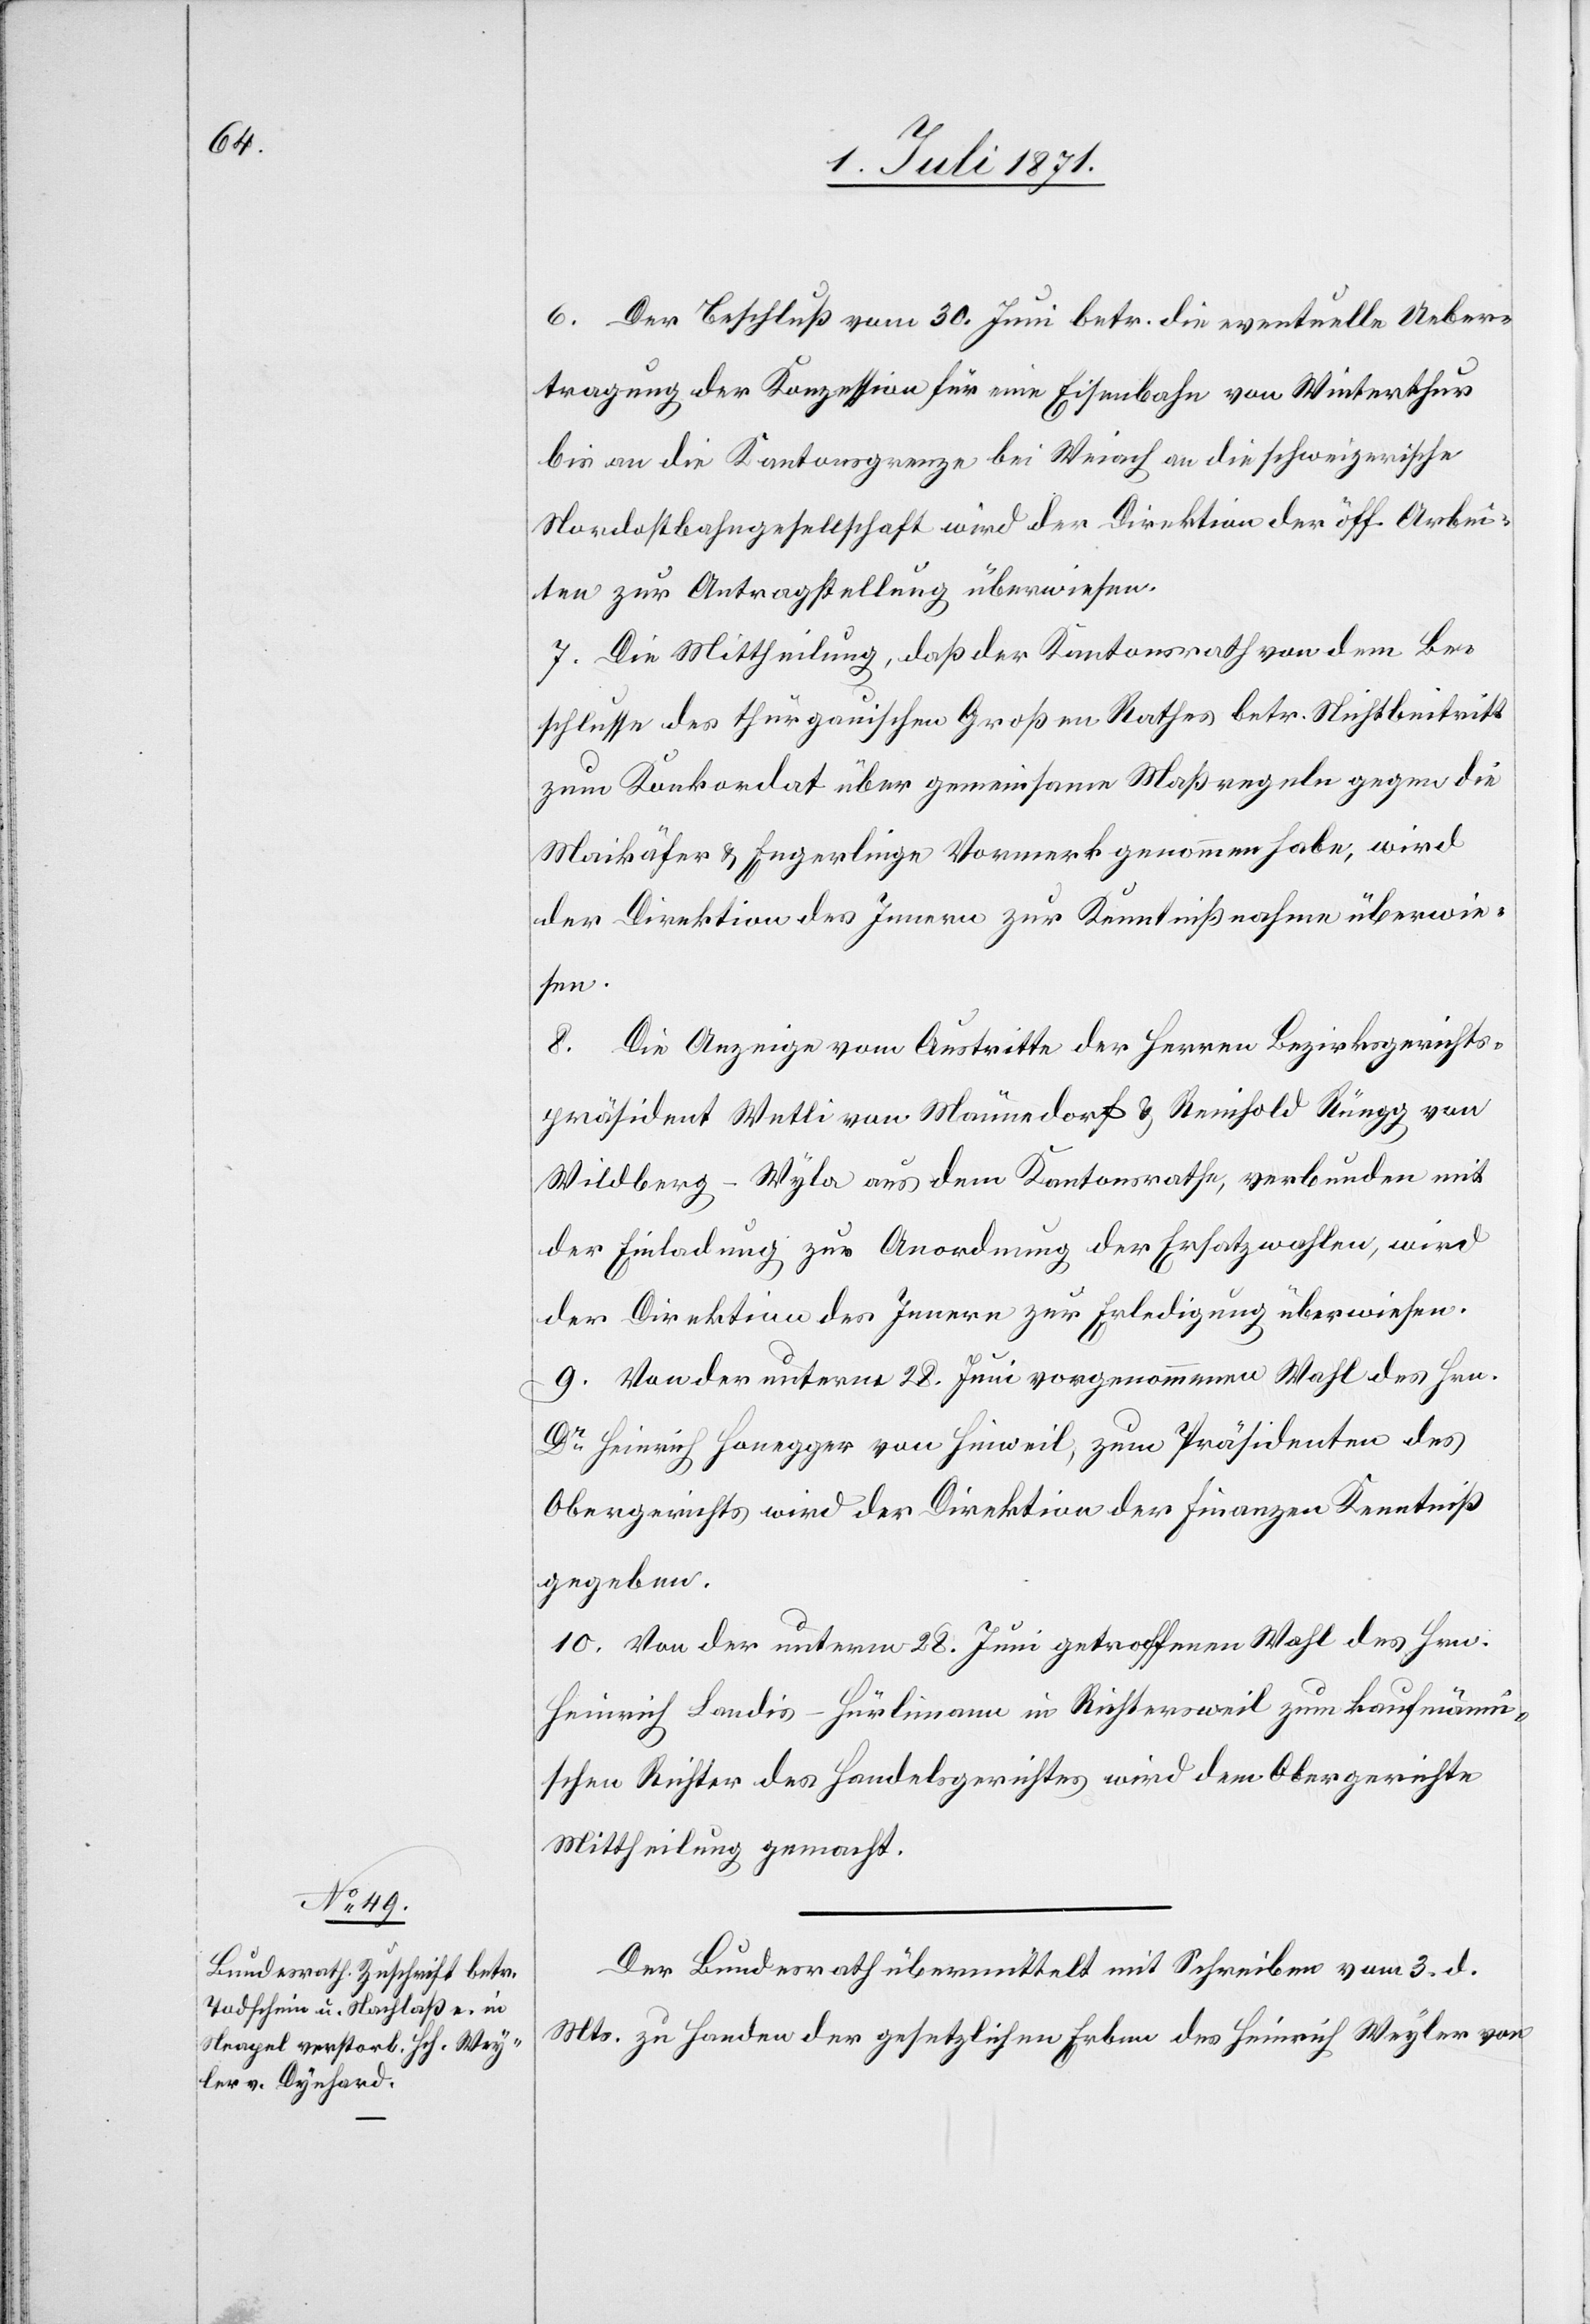
6. Juli 1871.]
6. Der Beschluß vom 30. Juni betr. die eventuelle Ueber¬
tragung der Konzession für eine Eisenbahn von Winterthur
bis an die Kantonsgrenze bei Weiach an die schweizerische
Nordostbahngesellschaft wird der Direktion der öff. Arbei¬
ten zur Antragstellung überwiesen.
7. Die Mittheilung, daß der Kantonsrath von dem Be¬
schlusse des thurgauischen Großen Rathes betr. Nichtbeitritt
zum Konkordat über gemeinsame Maßregeln gegen die
Maikäfer u. Engerlinge Vormerk genommen habe, wird
der Direktion des Innern zur Kenntnißnahme überwie¬
sen.
8. Die Anzeige vom Austritte der Herren Bezirksgerichts¬
präsident Wetli von Männedorf u. Reinhold Rüegg von
Wildberg-Wyla aus dem Kantonsrathe, verbunden mit
der Einladung zu Anordnung der Ersatzwahlen, wird
der Direktion des Innern zur Erledigung überweisen.
9. Von der unterm 28. Juni vorgenommenen Wahl des Hrn.
Dr. Heinrich Honegger von Hinweil, zum Präsidenten des
Obergerichts wird der Direktion der Finanzen Kenntniß
gegeben.
10. Von der unterm 28. Juni getroffenen Wahl des Hrn.
Heinrich Landis-Hürlimann in Richtersweil zum kaufmänn¬
ischen Richter des Handelsgerichts wird dem Obergerichte
Mittheilung gemacht.
Der Bundesrath übermittelt mit Schreiben vom 3. d.
Mts. zu Handen der gesetzlichen Erben des Heinrich Weyler von